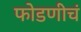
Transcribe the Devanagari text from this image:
फोडणीचं